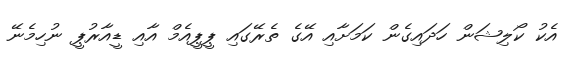
އެކު ކޯލިޝަން ހަދައިގެން ކަމަށާއި އޭގެ ތެރޭގައި ޕީޕީއެމް އާއި ޑީއާރުޕީ ނުހިމެނޭ